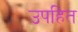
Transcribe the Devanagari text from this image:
उपहित